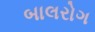
બાલરોગ